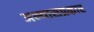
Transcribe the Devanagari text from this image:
अभ्यासप्रकार